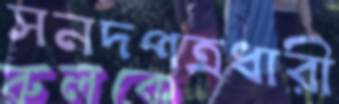
সনদপত্রধারী